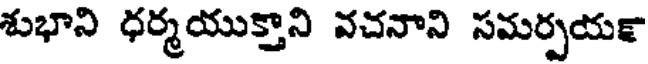
శుభాని ధర్మయుక్తాని వచనాని సమర్పయక్షా